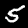
Digit: 5